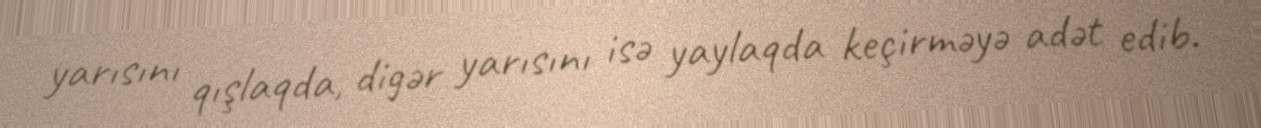
yarısını qışlaqda, digər yarısını isə yaylaqda keçirməyə adət edib.